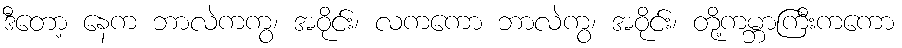
ဒီတော့ နေက ဘာလဲကကွ၊ အဝိုင်း၊ လကကော ဘာလဲကွ၊ အဝိုင်း၊ တို့ကမ္ဘာကြီးကကော